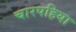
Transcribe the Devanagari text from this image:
चारपहिया